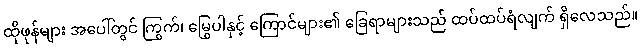
ထိုဖုန်များ အပေါ်တွင် ကြွက်၊ မြွေပါနှင့် ကြောင်များ၏ ခြေရာများသည် ထပ်ထပ်ရံလျက် ရှိလေသည်။